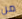
من